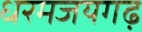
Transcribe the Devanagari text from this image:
धरमजयगढ़